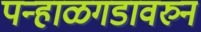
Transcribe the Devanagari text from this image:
पन्हाळगडावरुन